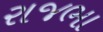
રાજભા